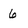
Character: 6